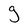
Character: g